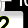
Digit: 2